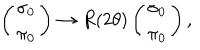
LaTeX: \left( \begin{matrix} { { \sigma _ { 0 } } } \\ { { \pi _ { 0 } } } \\ \end{matrix} \right) \rightarrow R ( 2 \theta ) \left( \begin{matrix} { { \sigma _ { 0 } } } \\ { { \pi _ { 0 } } } \\ \end{matrix} \right) ,